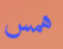
همس